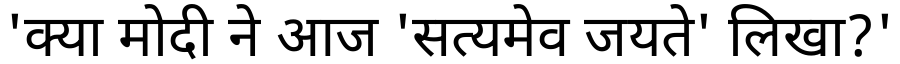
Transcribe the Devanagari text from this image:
'क्या मोदी ने आज 'सत्यमेव जयते' लिखा?'